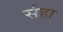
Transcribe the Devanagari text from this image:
र्सहा